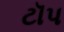
ટૉપ